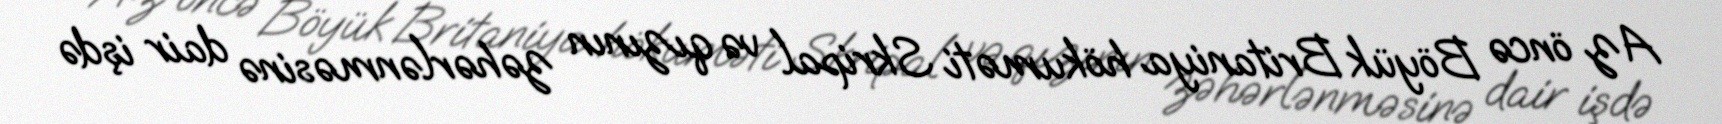
Az öncə Böyük Britaniya hökuməti Skripal və qızının zəhərlənməsinə dair işdə